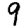
Digit: 9